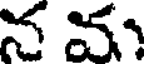
న వ